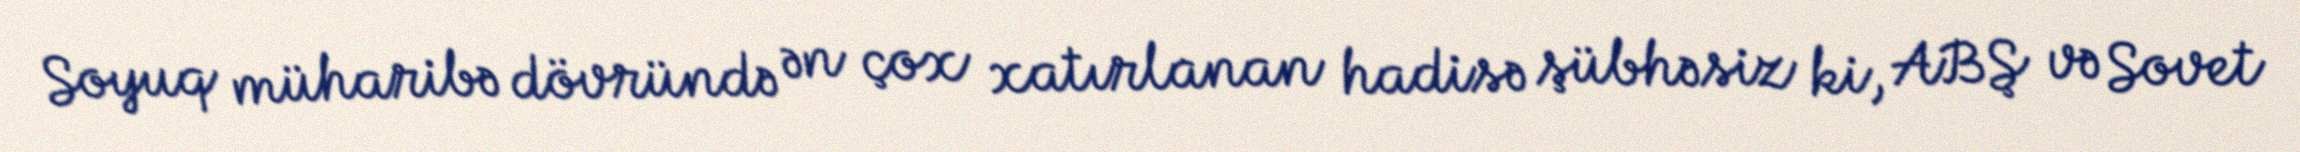
Soyuq müharibə dövründə ən çox xatırlanan hadisə şübhəsiz ki, ABŞ və Sovet